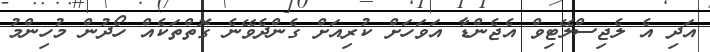
އަދި އެ ލެޖިސްލޭޓިވް އެޖެންޑާ އަވަހަށް ކުރިއަށް ގެންދެވޭނެ ގޮތްތަކެއް ހޯދުން މުހިންމު